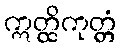
ဣတ္ထိကုတ္တံ